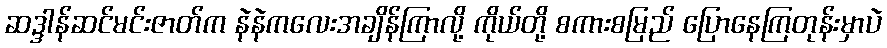
ဆဒ္ဒါန်ဆင်မင်းဇာတ်က နဲနဲကလေးအချိန်ကြာလို့ ကိုယ်တို့ စကားစမြည် ပြောနေကြတုန်းမှာပဲ